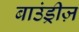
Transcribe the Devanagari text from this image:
बाउंड्रीज़